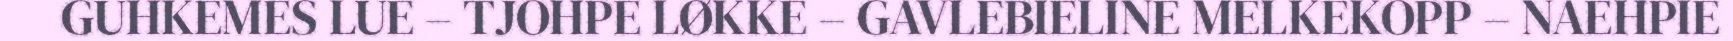
GUHKEMES LUE – TJOHPE LØKKE – GAVLEBIELINE MELKEKOPP – NAEHPIE